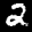
Label: 2